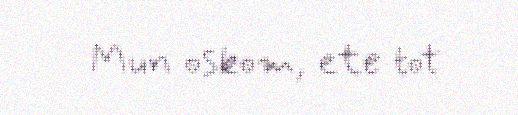
Mun oskom, ete tot